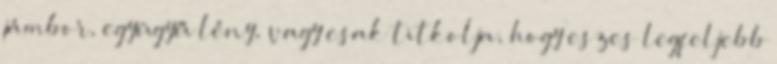
jámbor, együgyű lény, vagy csak titkolja, hogy eszes legfeljebb